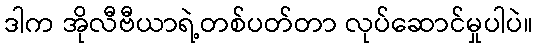
ဒါက အိုလီဗီယာရဲ့တစ်ပတ်တာ လုပ်ဆောင်မှုပါပဲ။